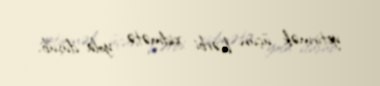
yetirmək üçün hərbi xidmətə yola düşüb.